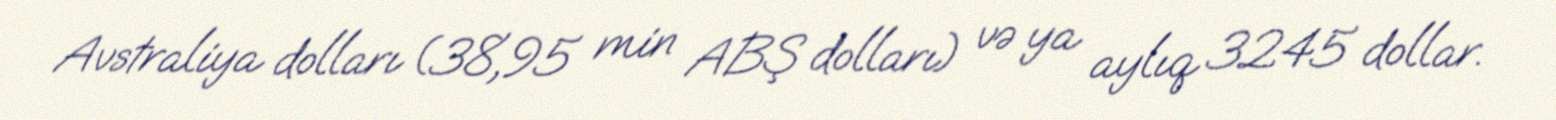
Avstraliya dolları (38,95 min ABŞ dolları) və ya aylıq 3245 dollar.